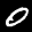
Label: 0